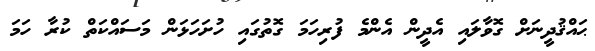
ޙައްޤުދީނަށް ގޮވާލައި އެދީން އެންމެ ފުރިހަމަ ގޮތުގައި ހުށަހަޅަން މަސައްކަތް ކުރާ ހަމަ